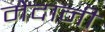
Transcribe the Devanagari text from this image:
मेदानी